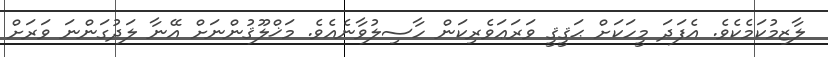
ލާޒިމުކަމެކެވެ. އެފަދަ މީހަކަށް ޙަޤީޤީ ވަރަޢަވެރިކަން ހާސިލުވާނެއެވެ. މަޚްލޫޤުންނަށް އޭނާ ލަދުގަންނަ ވަރަށް